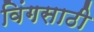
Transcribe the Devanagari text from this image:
विंगसाठी